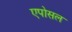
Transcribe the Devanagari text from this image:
एपोसल